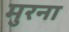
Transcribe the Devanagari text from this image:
मुरना